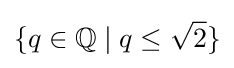
\{q\in \mathbb {Q} \mid q\leq {\sqrt {2}}\}